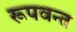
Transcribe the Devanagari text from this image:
रूपवन्त